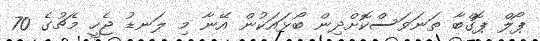
ޕޯލް ޕޮގްބާ ތަނަވަސްކޮށްދިން ބޯޅައަކުން އޭނާ މި ލަނޑު ޖެހީ މެޗުގެ 70